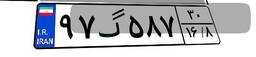
۹۷گ۵۸۷۳۰